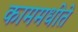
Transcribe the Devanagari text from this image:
काममधीते